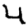
Digit: 4